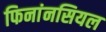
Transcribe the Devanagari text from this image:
फिनांनसियल